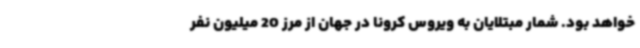
خواهد بود. شمار مبتلایان به ویروس کرونا در جهان از مرز 20 میلیون نفر